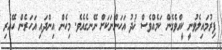
ފިރުމައިލެވުނީ ކީއްވެގެން ކަމެއްވެސް ޚުދު އަހަންނަކަށް ނޭނގެއެވެ. މިހެން އިންދައި އަހަރެން ހޭއެރި